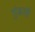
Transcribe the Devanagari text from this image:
मुंडली